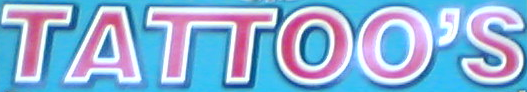
TATTOO'S